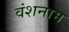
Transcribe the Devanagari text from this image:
वंशनाम